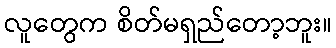
လူတွေက စိတ်မရှည်တော့ဘူး။